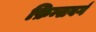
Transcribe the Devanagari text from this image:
फ़िन्सबर्ग